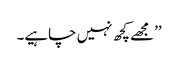
’’مجھے کچھ نہیں چاہیے۔